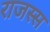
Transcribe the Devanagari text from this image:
राजस्स